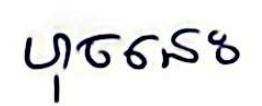
ហុចនេះ